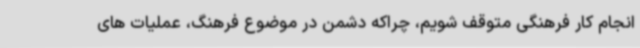
انجام کار فرهنگی متوقف شویم، چراکه دشمن در موضوع فرهنگ، عملیات های